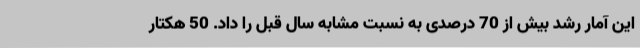
این آمار رشد بیش از 70 درصدی به نسبت مشابه سال قبل را داد. 50 هکتار